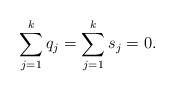
LaTeX: \begin{align*} \sum_{j=1}^k q_j = \sum_{j=1}^k s_j = 0. \end{align*}